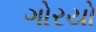
ગોરયો